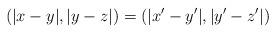
LaTeX: \begin{align*}(|x-y|, |y-z|)= (|x'-y'|, |y'-z'|)\end{align*}